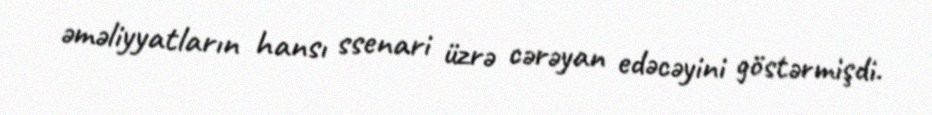
əməliyyatların hansı ssenari üzrə cərəyan edəcəyini göstərmişdi.